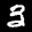
Label: 3